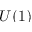
U ( 1 )